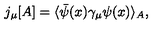
j _ { \mu } [ A ] = \langle \bar { \psi } ( x ) \gamma _ { \mu } \psi ( x ) \rangle _ { A } ,